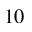
1 0